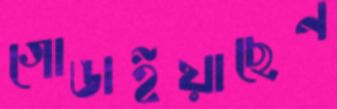
গোঙাইয়াছেন